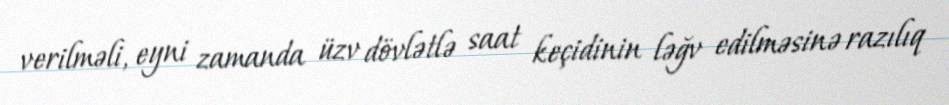
verilməli, eyni zamanda üzv dövlətlə saat keçidinin ləğv edilməsinə razılıq